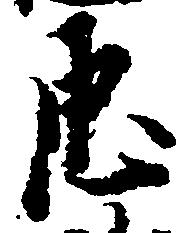
忠